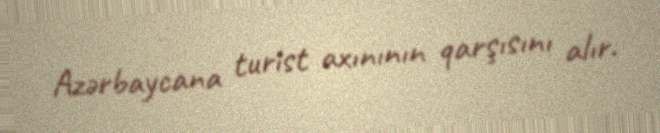
Azərbaycana turist axınının qarşısını alır.